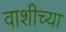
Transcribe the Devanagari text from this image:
वाशीच्या